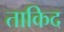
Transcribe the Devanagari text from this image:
ताकिद